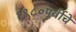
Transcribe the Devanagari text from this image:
१९८०पूर्वीचे